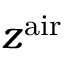
z ^ { \mathrm { a i r } }